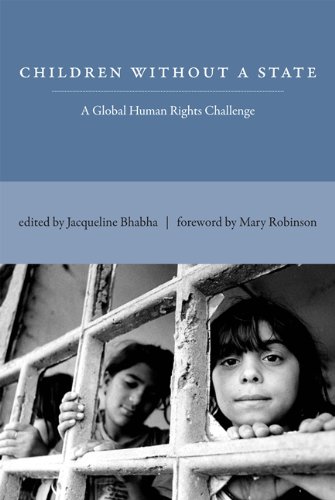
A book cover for Children Without a State: A Global Human Rights Challenge; Law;